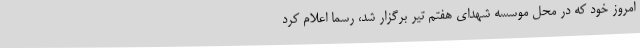
امروز خود که در محل موسسه شهدای هفتم تیر برگزار شد، رسماً اعلام کرد